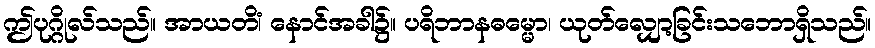
ဤပုဂ္ဂိုလ်သည်။ အာယတိံ၊ နောင်အခါ၌။ ပရိဘာနဓမ္မော၊ ယုတ်လျှော့ခြင်းသဘောရှိသည်။